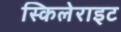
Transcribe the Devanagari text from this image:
स्किलेराइट